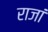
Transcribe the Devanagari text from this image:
राजां